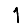
Digit: 1